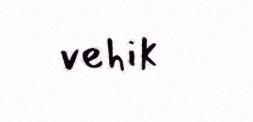
vehik